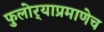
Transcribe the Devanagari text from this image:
फुलोर्‍याप्रमाणेच